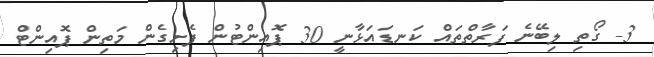
3- ގޯތި ލިބޭނެ ފަރާތްތައް ކަނޑައަޅާނީ 30 ޕޮއިންޓުން ފެށިގެން މަތިން ޕޮއިންޓް